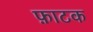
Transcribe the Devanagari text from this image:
फ़ाटक